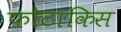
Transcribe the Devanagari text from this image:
फोटाकिस